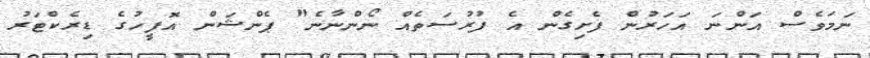
ނަމަވެސް އަންނަ އަހަރުން ފެށިގެން އެ ފުރުސަތެއް ނޯންނާނެ" ޕެންޝަން އޮފީހުގެ ޑިރެކްޓަރު